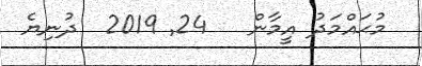
މުޙައްމަދު އީމާން   24